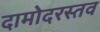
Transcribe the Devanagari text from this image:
दामोदरस्तव